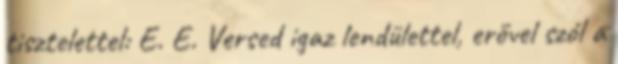
tisztelettel: E. E. Versed igaz lendülettel, erővel szól a